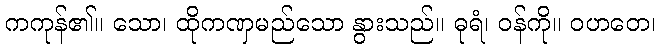
ကကုန်၏။ သော၊ ထိုကဏှမည်သော နွားသည်။ ဓုရံ၊ ဝန်ကို။ ဝဟတေ၊